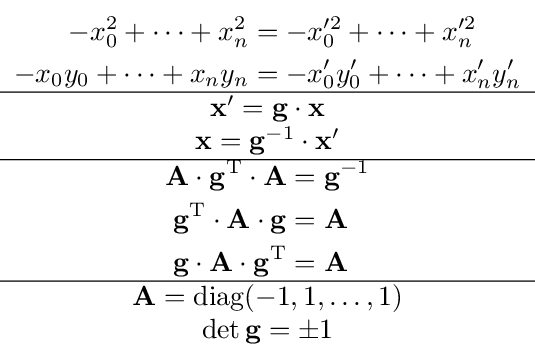
{\begin{matrix}{\begin{aligned}-x_{0}^{2}+\cdots +x_{n}^{2}&=-x_{0}^{\prime 2}+\dots +x_{n}^{\prime 2}\\-x_{0}y_{0}+\cdots +x_{n}y_{n}&=-x_{0}^{\prime }y_{0}^{\prime }+\cdots +x_{n}^{\prime }y_{n}^{\prime }\end{aligned}}\\\hline {\begin{matrix}\mathbf {x} '=\mathbf {g} \cdot \mathbf {x} \\\mathbf {x} =\mathbf {g} ^{-1}\cdot \mathbf {x} '\end{matrix}}\\\hline {\begin{matrix}{\begin{aligned}\mathbf {A} \cdot \mathbf {g} ^{\mathrm {T} }\cdot \mathbf {A} &=\mathbf {g} ^{-1}\\\mathbf {g} ^{\rm {T}}\cdot \mathbf {A} \cdot \mathbf {g} &=\mathbf {A} \\\mathbf {g} \cdot \mathbf {A} \cdot \mathbf {g} ^{\mathrm {T} }&=\mathbf {A} \end{aligned}}\end{matrix}}\\\hline \mathbf {A} ={\rm {diag}}(-1,1,\dots ,1)\\\det \mathbf {g} =\pm 1\end{matrix}}